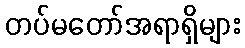
တပ်မတော်အရာရှိများ